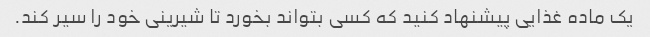
یک ماده غذایی پیشنهاد کنید که کسی بتواند بخورد تا شیرینی خود را سیر کند.